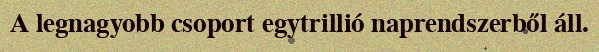
A legnagyobb csoport egytrillió naprendszerből áll.